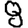
Digit: 8